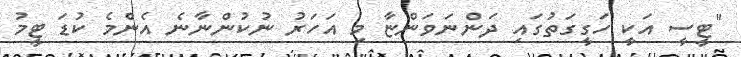
"ޓީސީ އަކީ ހަގީގަތުގައި ދަންނަވަންޏާ މި އަހަރު ނުކުންނާނެ އެންމެ ކުޑަ ޓީމު